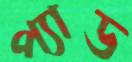
প্যাড